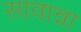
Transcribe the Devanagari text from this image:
सावान्ना